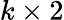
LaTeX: k\times 2